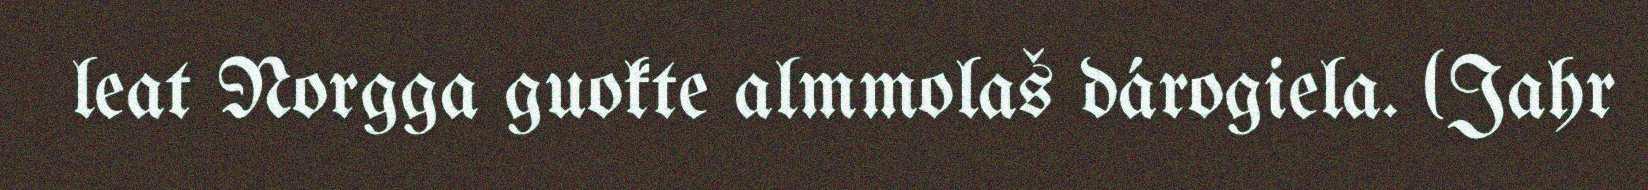
leat Norgga guokte almmolaš dárogiela. (Jahr